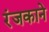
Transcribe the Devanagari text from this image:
रंजकाने